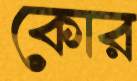
কোর